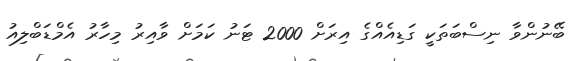
ބޭނުންވާ ނިސްބަތަކީ ގަޑިއެއްގެ އިރަށް 2000 ޓަނު ކަމަށް ވާއިރު މިހާރު އެމްޑަބްލިއު